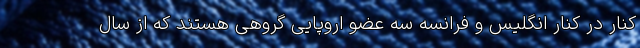
کنار در کنار انگلیس و فرانسه سه عضو اروپایی گروهی هستند که از سال